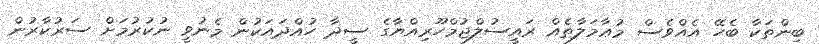
ބިންތަކާ ބެހޭ އެއްވެސް މުޢާމަލާތެއް ރައީސުލްޖުމްހޫރިއްޔާގެ ސީދާ ހުއްދައަކުން މެނުވީ ނުކުރުމަށް ސަރުކާރުން